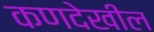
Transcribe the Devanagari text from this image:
कणदेखील